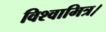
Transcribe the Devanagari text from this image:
विश्वामित्र।